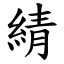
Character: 綪